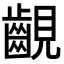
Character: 𧢟